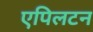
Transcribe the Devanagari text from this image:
एपिलटन